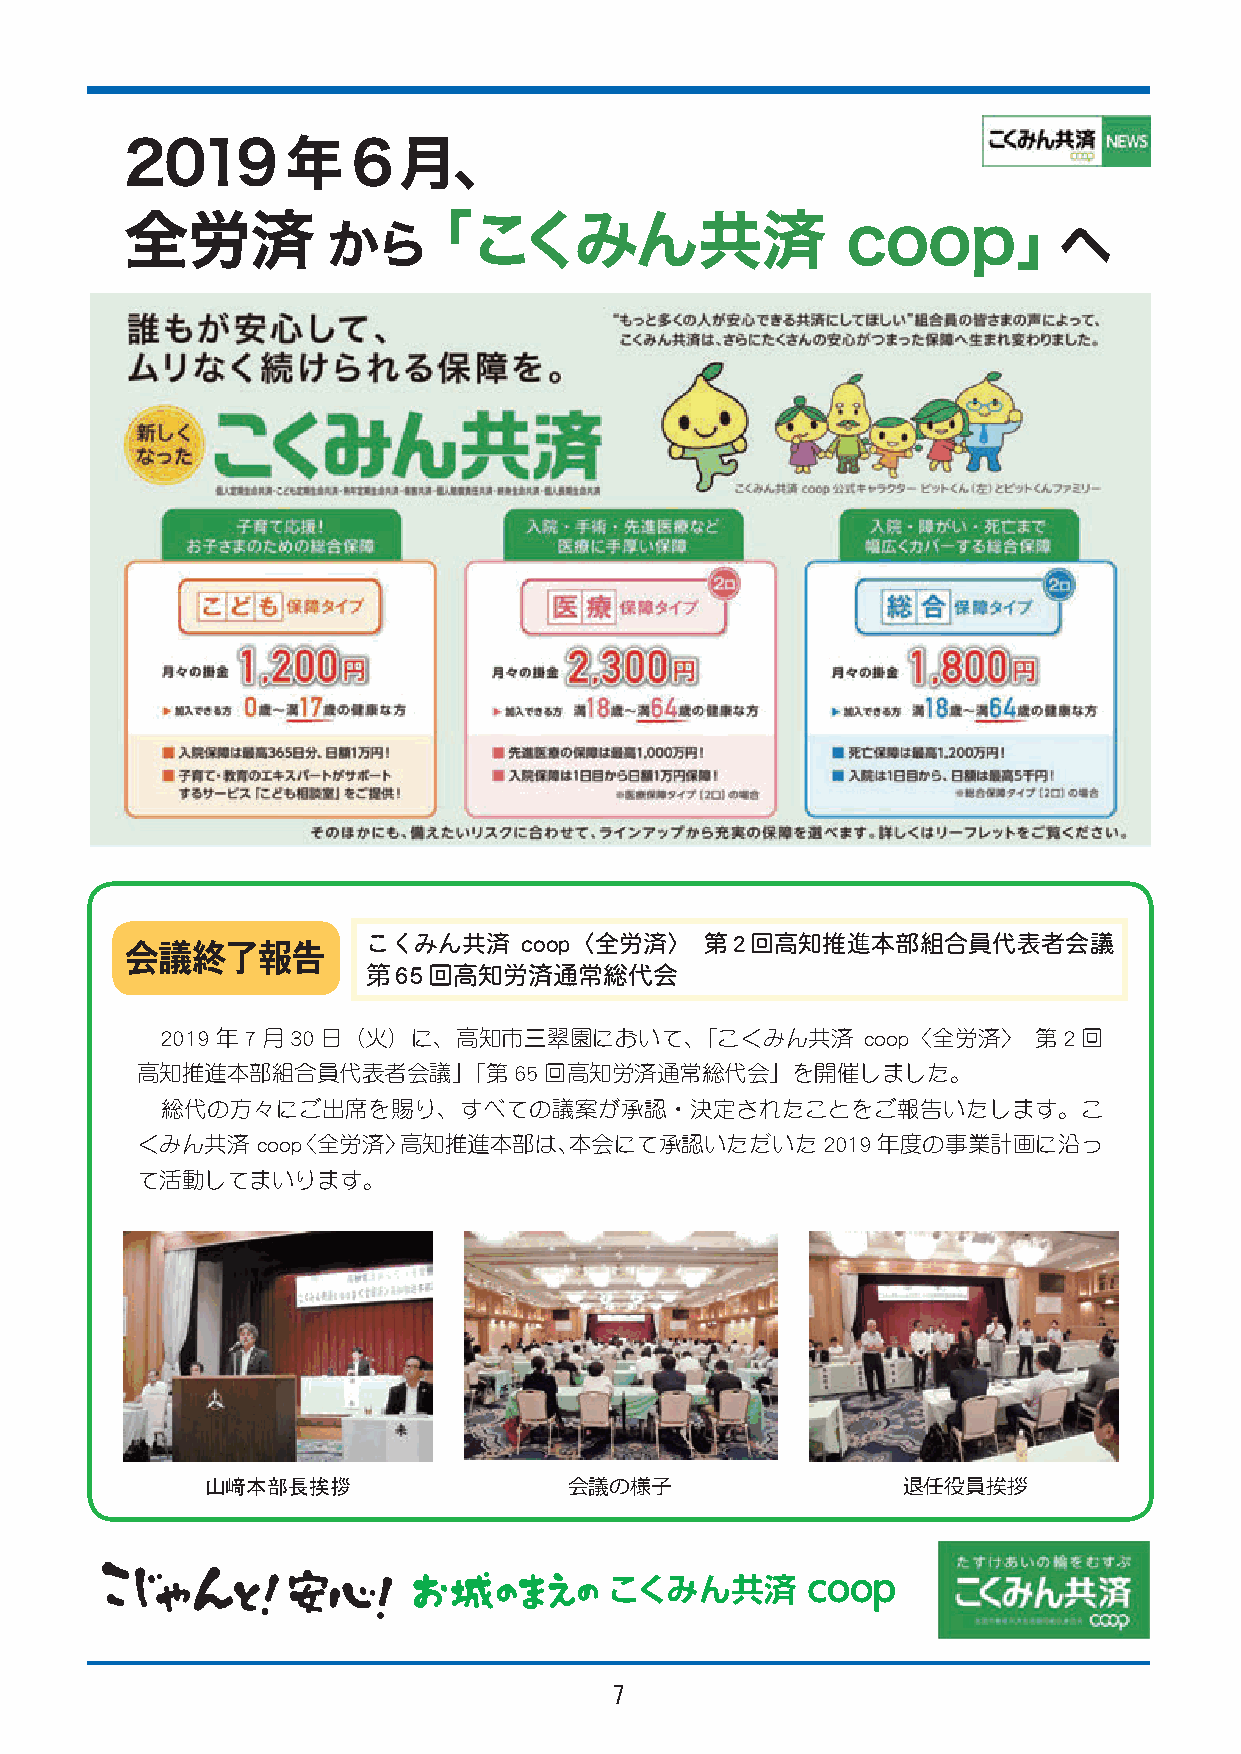
こくみん共済     coop〈全労済〉   第2回高知推進本部組合員代表者会議
 会議終了報告
 第65回高知労済通常総代会
 2019年7月30日（火）に、高知市三翠園において、「こくみん共済             coop〈全労済〉  第2回
 高知推進本部組合員代表者会議」「第65回高知労済通常総代会」を開催しました。
 総代の方々にご出席を賜り、すべての議案が承認・決定されたことをご報告いたします。こ
 くみん共済   coop〈全労済〉高知推進本部は、本会にて承認いただいた2019年度の事業計画に沿っ
 て活動してまいります。
 山﨑本部長挨拶                 会議の様子                 退任役員挨拶